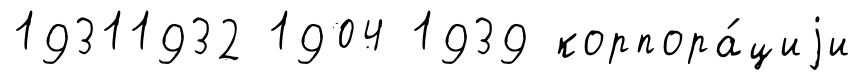
19311932 1904 1939 корпора́циjи